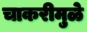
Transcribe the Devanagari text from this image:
चाकरीमुळे